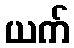
ယက်